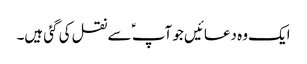
ایک وہ دعائیں جو آپ ؑ سے نقل کی گئی ہیں۔